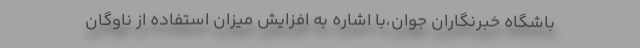
باشگاه خبرنگاران جوان،با اشاره به افزایش میزان استفاده از ناوگان